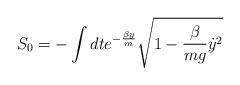
LaTeX: \begin{align*}S_0 = -\int dt e^{-\frac{\beta y}{m}} \sqrt{1-\frac{\beta}{mg}{\dot y}^2}\end{align*}